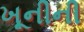
ખૂનીની